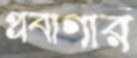
প্রবাগার